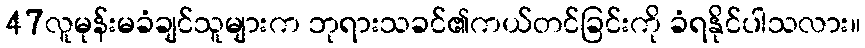
47လူမုန်းမခံချင်သူများက ဘုရားသခင်၏ကယ်တင်ခြင်းကို ခံရနိုင်ပါသလား။